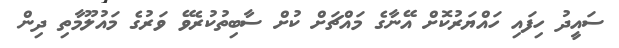
ސައީދު ހިފައި ހައްޔަރުކޮށް އޭނާގެ މައްޗަށް ކުށް ސާބިތުކުރެވޭ ވަރުގެ މައުލޫމާތި ދިން